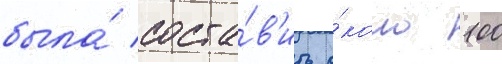
была́ соста́в'ить о́коло 100